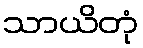
သာယိတုံ